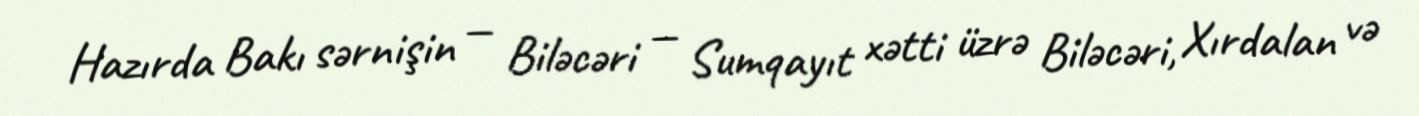
Hazırda Bakı sərnişin — Biləcəri — Sumqayıt xətti üzrə Biləcəri, Xırdalan və